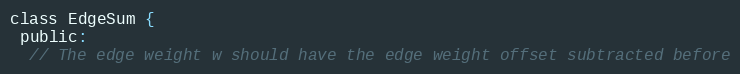
Language: C
class EdgeSum {
 public:
  // The edge weight w should have the edge weight offset subtracted before